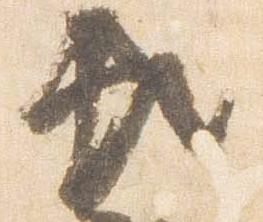
頼